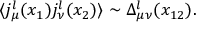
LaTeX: \langle j _ { \mu } ^ { l } ( x _ { 1 } ) j _ { \nu } ^ { l } ( x _ { 2 } ) \rangle \sim \Delta _ { \mu \nu } ^ { l } ( x _ { 1 2 } ) .